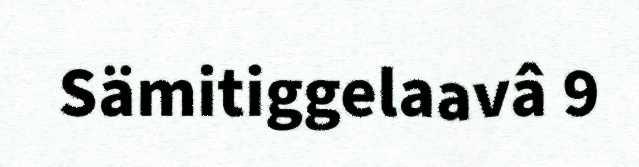
Sämitiggelaavâ 9